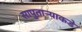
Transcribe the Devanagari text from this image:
सापुताऱ्याकडे